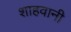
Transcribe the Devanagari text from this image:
शाहवानी